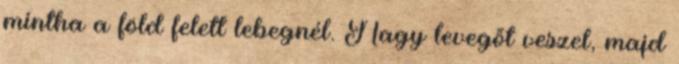
mintha a föld felett lebegnél. Nagy levegőt veszel, majd